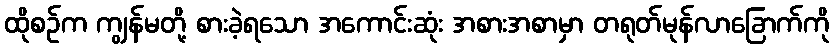
ထိုစဉ်က ကျွန်မတို့ စားခဲ့ရသော အကောင်းဆုံး အစားအစာမှာ တရုတ်မုန်လာခြောက်ကို